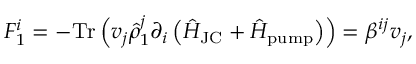
F _ { 1 } ^ { i } = - \mathrm { T r } \left( v _ { j } \hat { \rho } _ { 1 } ^ { j } \partial _ { i } \left( \hat { H } _ { \mathrm { J C } } + \hat { H } _ { \mathrm { p u m p } } \right) \right) = \beta ^ { i j } v _ { j } ,